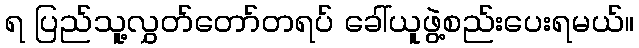
ရ ပြည်သူ့လွှတ်တော်တရပ် ခေါ်ယူဖွဲ့စည်းပေးရမယ်။